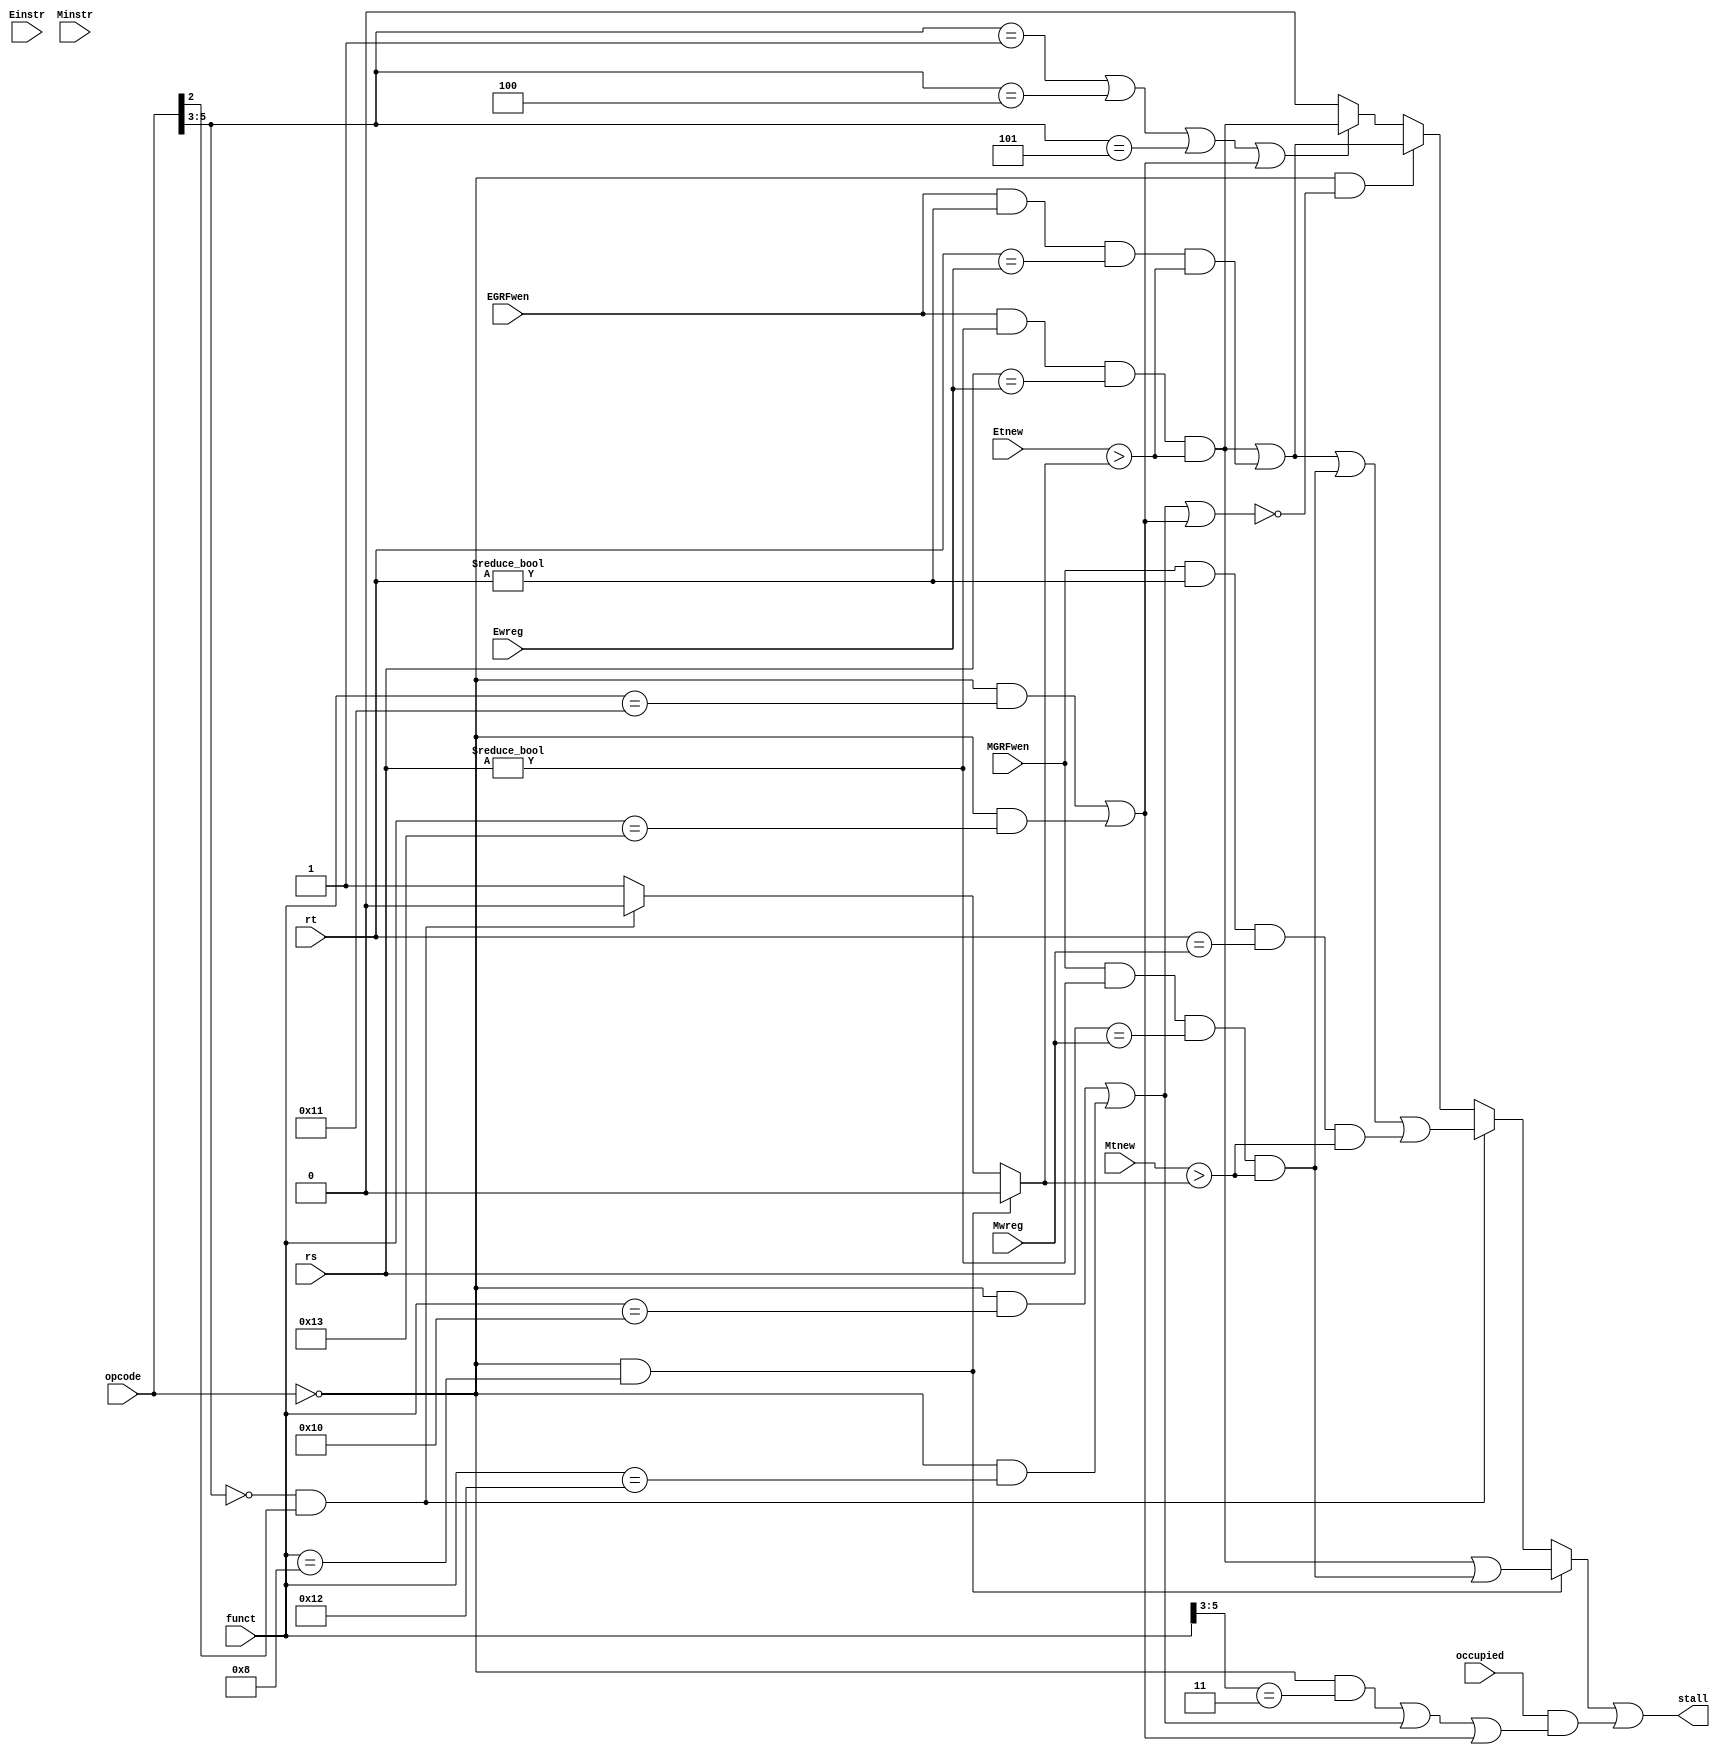
module stlctl (
    input [5:0] opcode,
    input [5:0] funct,
    input [4:0] rs,
    input [4:0] rt,

    input occupied,

    input EGRFwen,
    input [4:0] Ewreg,
    input [1:0] Etnew,
    input [31:0] Einstr,

    input MGRFwen,
    input [4:0] Mwreg,
    input [1:0] Mtnew,
    input [31:0] Minstr,

    output stall
);


// Wires for instruction classes:
wire    Rtype  = (opcode == 6'o00),
        Jump   = (opcode == 6'o02) | (opcode == 6'o03),
        Bran   = (opcode[5:3] == 0) & (opcode[2] == 1),
    Imm    = (opcode[5:3] == 1),
    Load   = (opcode[5:3] == 4), 
    Store  = (opcode[5:3] == 5);
// Wires for special single instruction or special instruction group
wire 
    JR     = Rtype & (funct == 6'o10),

    MDTR   = Rtype & (funct[5:3] == 3'o3), // MUDV trigger
    MDMT   = MTHI | MTLO, // MUDV move_to
        MTHI = Rtype & funct == 6'o21,
        MTLO = Rtype & funct == 6'o23,
    MDMF   = MFHI | MFLO, // MUDV move_from
        MFHI = Rtype & funct == 6'o20,
        MFLO = Rtype & funct == 6'o22,

    ADDI   = (opcode == 6'o10),
    ANDI   = (opcode == 6'o14),
    ORI    = (opcode == 6'o15),
    LUI    = (opcode == 6'o17),

    MB     = (opcode[2:0] == 3'o0),
    MH     = (opcode[2:0] == 3'o1),
    MW     = (opcode[2:0] == 3'o3),

    JAL    = (opcode == 6'o03);
// Generate tUse(current instr at D stage)
wire [1:0] tUse =
    (JR)                          ? 0 :

    (Bran)                        ? 0 :
    1;

// Judging stall: forwarding relation && need a stall
wire stlHit_rs_E =
    EGRFwen && rs != 0  // E/M-instr(last and last-last instr) writes a non-zero register in GRF and
    && rs == Ewreg         // D-instr(current instr)'s READING_REG == E/M-instr's WRITING_REG and
    && Etnew > tUse;       // value can't get ready without stalling.
wire stlHit_rt_E =
    EGRFwen && rt != 0
    && rt == Ewreg
    && Etnew > tUse;
wire stlHit_rs_M =
    MGRFwen && rs != 0
    && rs == Mwreg
    && Mtnew > tUse;
wire stlHit_rt_M =
    MGRFwen && rt != 0
    && rt == Mwreg
    && Mtnew > tUse;

// Generate stall:
assign stall = stallDat | stallMUDV;

wire stallDat = // USERS with their stalling conditions:
    (JR)                        ? (stlHit_rs_E | stlHit_rs_M) :

    (Bran)                      ? (stlHit_rs_E | stlHit_rt_E | stlHit_rs_M | stlHit_rt_M) :
    (Rtype & ~(MDMF|MDMT))      ? (stlHit_rs_E | stlHit_rt_E) :
    (Imm | Load | Store | MDMT) ? stlHit_rs_E :

    0;  // Non user won't cause a stall.

wire stallMUDV = // Unfinished M/D operation will cause stalling:
    (occupied) & (MDTR | MDMF | MDMT);

endmodule